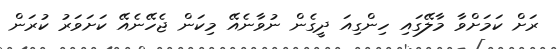
ރަށް ކަމަށްވާ މާލޭގައި ހިންގިއަ ދީގެން ނުވާނެއޭ މިކަން ޖެހޭނެއޭ ކަށަވަރު ކުރަން